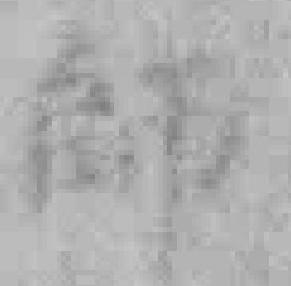
師